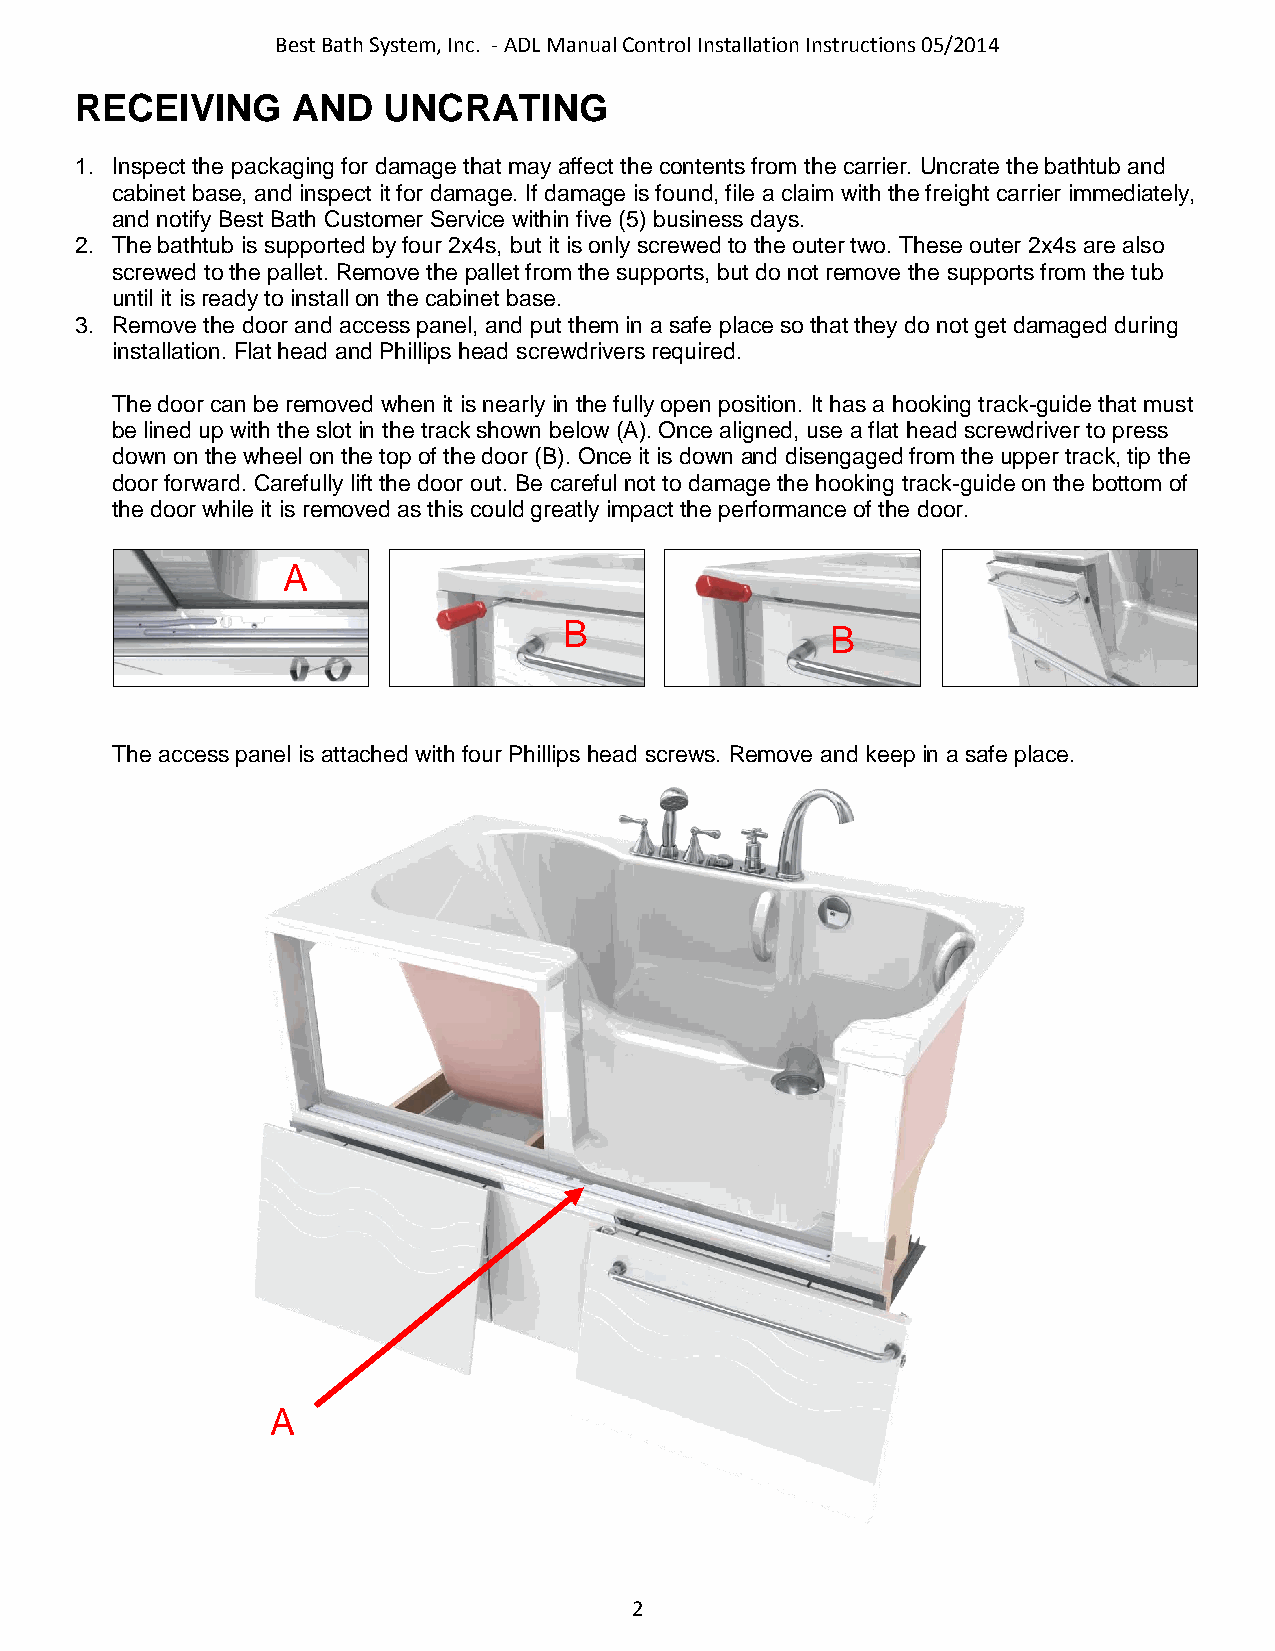
Best Bath System, Inc. - ADL Manual Control Installation Instructions 05/2014
 RECEIVING     AND   UNCRATING
 1. Inspect the packaging for damage that may affect the contents from the carrier. Uncrate the bathtub and
 cabinet base, and inspect it for damage. If damage is found, file a claim with the freight carrier immediately,
 and notify Best Bath Customer Service within five (5) business days.
 2. The bathtub is supported by four 2x4s, but it is only screwed to the outer two. These outer 2x4s are also
 screwed to the pallet. Remove the pallet from the supports, but do not remove the supports from the tub
 until it is ready to install on the cabinet base.
 3. Remove the door and access panel, and put them in a safe place so that they do not get damaged during
 installation. Flat head and Phillips head screwdrivers required.
 The door can be removed when it is nearly in the fully open position. It has a hooking track-guide that must
 be lined up with the slot in the track shown below (A). Once aligned, use a flat head screwdriver to press
 down on the wheel on the top of the door (B). Once it is down and disengaged from the upper track, tip the
 door forward. Carefully lift the door out. Be careful not to damage the hooking track-guide on the bottom of
 the door while it is removed as this could greatly impact the performance of the door.
 A
 B                 B
 The access panel is attached with four Phillips head screws. Remove and keep in a safe place.
 A
 2